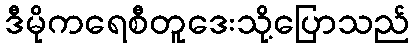
ဒီမိုကရေစီတူဒေးသို့ပြောသည်